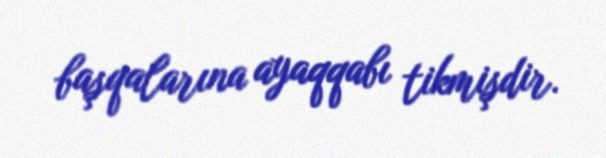
başqalarına ayaqqabı tikmişdir.